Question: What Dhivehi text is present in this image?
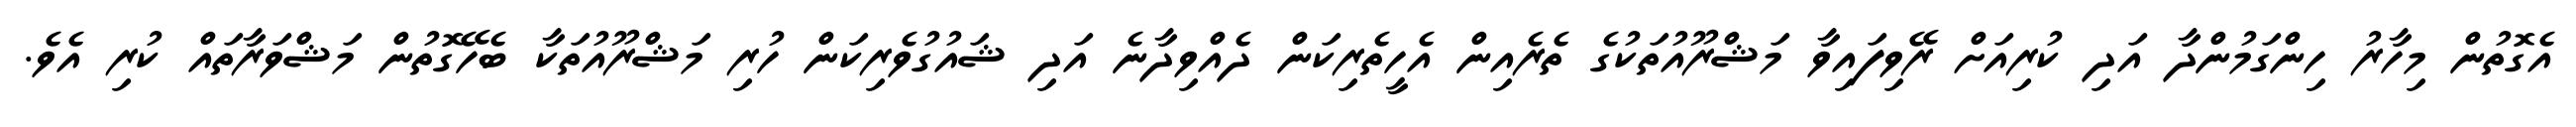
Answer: އެގޮތުން މިހާރު ހިންގަމުންދާ އަދި ކުރިއަށް ރޭވިފައިވާ މަޝްރޫއުތަކުގެ ތެރެއިން އެހީތެރިކަން ދެއްވިދާނެ އަދި ޝައުގުވެރިކަން ހުރި މަޝްރޫއުތަކާ ބެހޭގޮތުން މަޝްވަރާތައް ކުރި އެވެ.